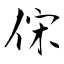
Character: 俕